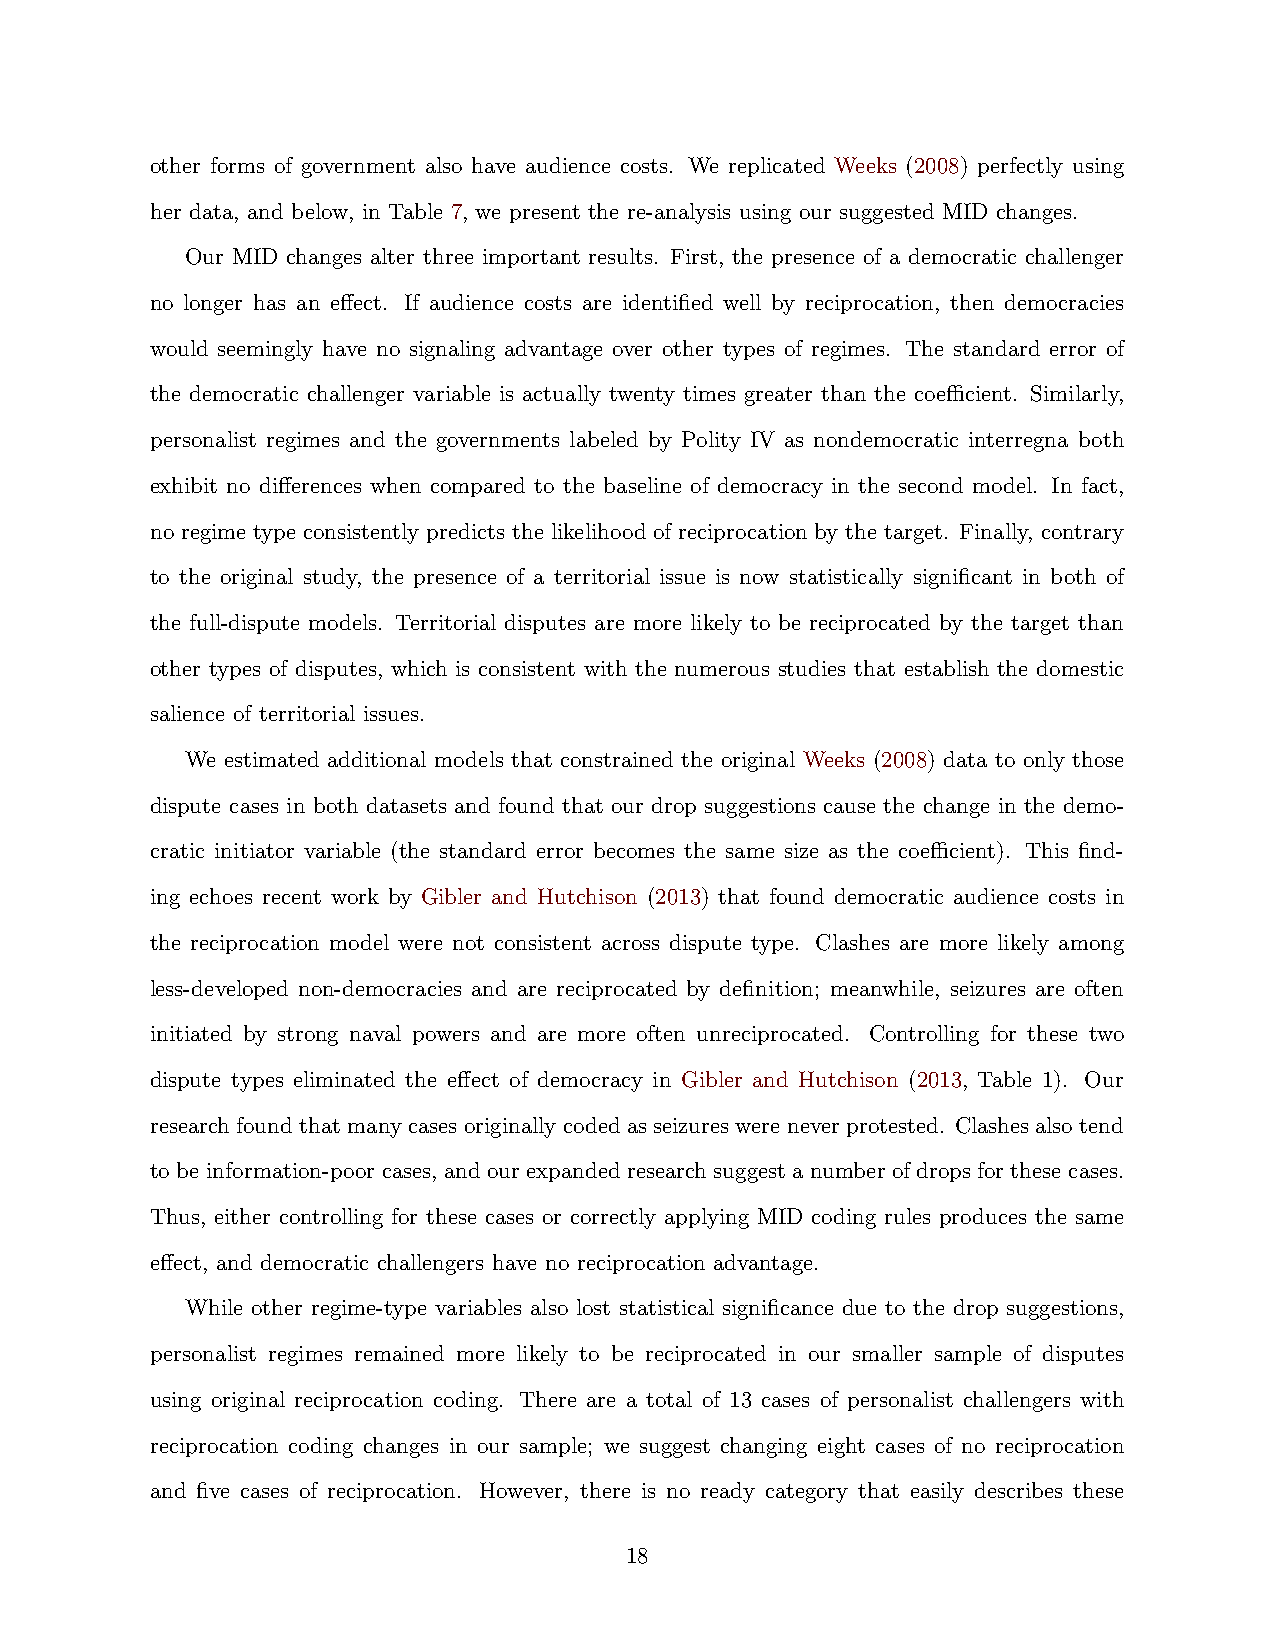
other forms of government also have audience costs. We replicated Weeks (2008) perfectly using
 her data, and below, in Table 7, we present the re-analysis using our suggested MID changes.
 Our MID changes alter three important results. First, the presence of a democratic challenger
 no longer has an effect. If audience costs are identified well by reciprocation, then democracies
 would seemingly have no signaling advantage over other types of regimes. The standard error of
 the democratic challenger variable is actually twenty times greater than the coefficient. Similarly,
 personalist regimes and the governments labeled by Polity IV as nondemocratic interregna both
 exhibit no differences when compared to the baseline of democracy in the second model. In fact,
 no regime type consistently predicts the likelihood of reciprocation by the target. Finally, contrary
 to the original study, the presence of a territorial issue is now statistically significant in both of
 the full-dispute models. Territorial disputes are more likely to be reciprocated by the target than
 other types of disputes, which is consistent with the numerous studies that establish the domestic
 salience of territorial issues.
 We estimated additional models that constrained the original Weeks (2008) data to only those
 dispute cases in both datasets and found that our drop suggestions cause the change in the demo-
 cratic initiator variable (the standard error becomes the same size as the coefficient). This find-
 ing echoes recent work by Gibler and Hutchison (2013) that found democratic audience costs in
 the reciprocation model were not consistent across dispute type. Clashes are more likely among
 less-developed non-democracies and are reciprocated by definition; meanwhile, seizures are often
 initiated by strong naval powers and are more often unreciprocated. Controlling for these two
 dispute types eliminated the effect of democracy in Gibler and Hutchison (2013, Table 1). Our
 research found that many cases originally coded as seizures were never protested. Clashes also tend
 to be information-poor cases, and our expanded research suggest a number of drops for these cases.
 Thus, either controlling for these cases or correctly applying MID coding rules produces the same
 effect, and democratic challengers have no reciprocation advantage.
 While other regime-type variables also lost statistical significance due to the drop suggestions,
 personalist regimes remained more likely to be reciprocated in our smaller sample of disputes
 using original reciprocation coding. There are a total of 13 cases of personalist challengers with
 reciprocation coding changes in our sample; we suggest changing eight cases of no reciprocation
 and five cases of reciprocation. However, there is no ready category that easily describes these
 18